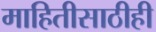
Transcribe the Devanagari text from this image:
माहितीसाठीही